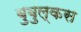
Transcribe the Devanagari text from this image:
बुबुल्कस